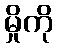
မှိုကို